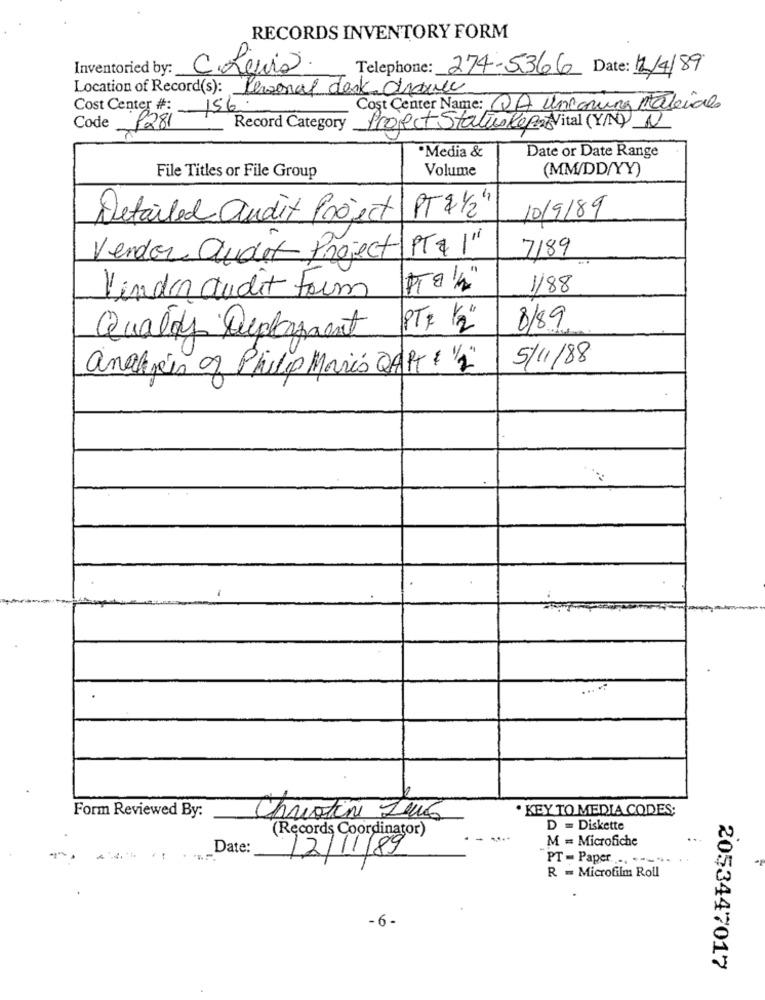
RECORDS INVENTORY FORM
Inventoried by:
C. Leurs
Telephone: 274-5366 Date: 12/4/89
Location of Record(s): Personal dask drance
Cost Center #: 156.
Cost Center Name: QA unconuna Materiale
Code
P281
Record Category
Project StatusReport Vital (Y/N) N
Date or Date Range
·Media &
File Titles or File Group
Volume
(MM/DD/YY)
PT 2 1/2"
Detailed andit Project
10/9/89
PT & 1 "
7189
Vender Ordet Project
1/88
Vinder audit Form
PTR 1/2"
8/89
Quality Duplament
analysis of Philip Moris QART & "2"
5/11/88
· KEY TO MEDIA CODES;
Form Reviewed By:
Christine Leus
D = Diskette
(Records Coordinator)
M = Microfiche
Date:
..
12/11/89
PT - Paper. ...-- "
R = Microfilm Roll
-6-
2053447017